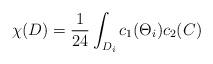
LaTeX: \begin{align*}\chi(D) = \frac {1}{24} \int_{D_i} c_1 (\Theta_i) c_2(C)\end{align*}